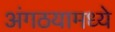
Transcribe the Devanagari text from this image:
अंगठयामध्ये